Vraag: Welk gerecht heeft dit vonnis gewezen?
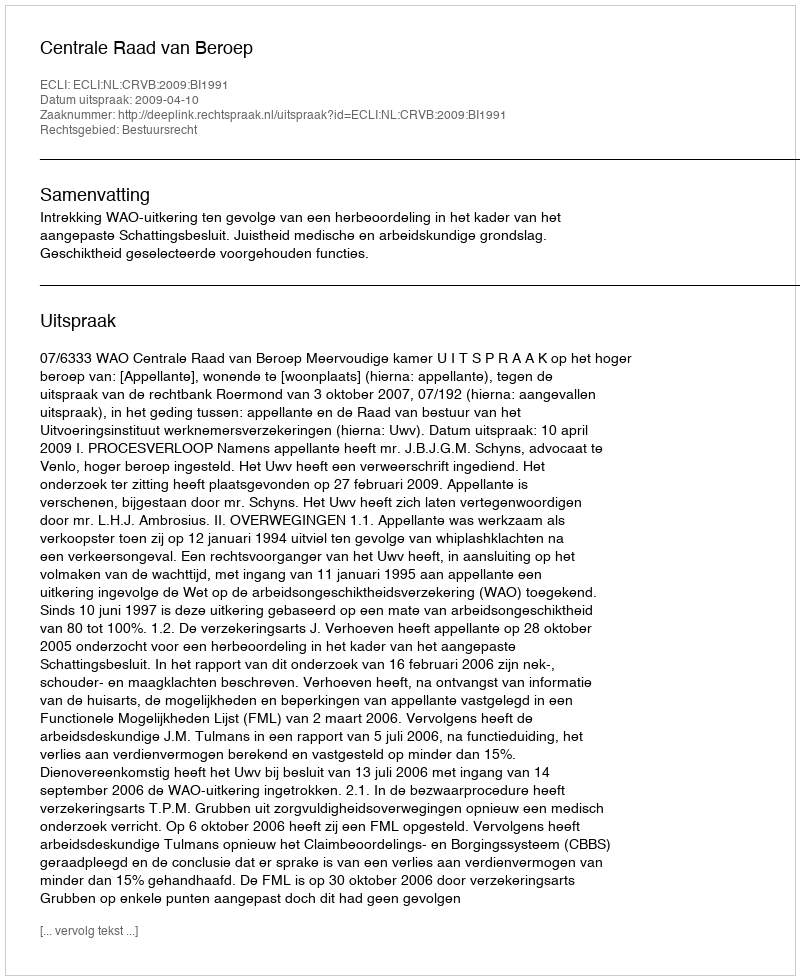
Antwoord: Centrale Raad van Beroep